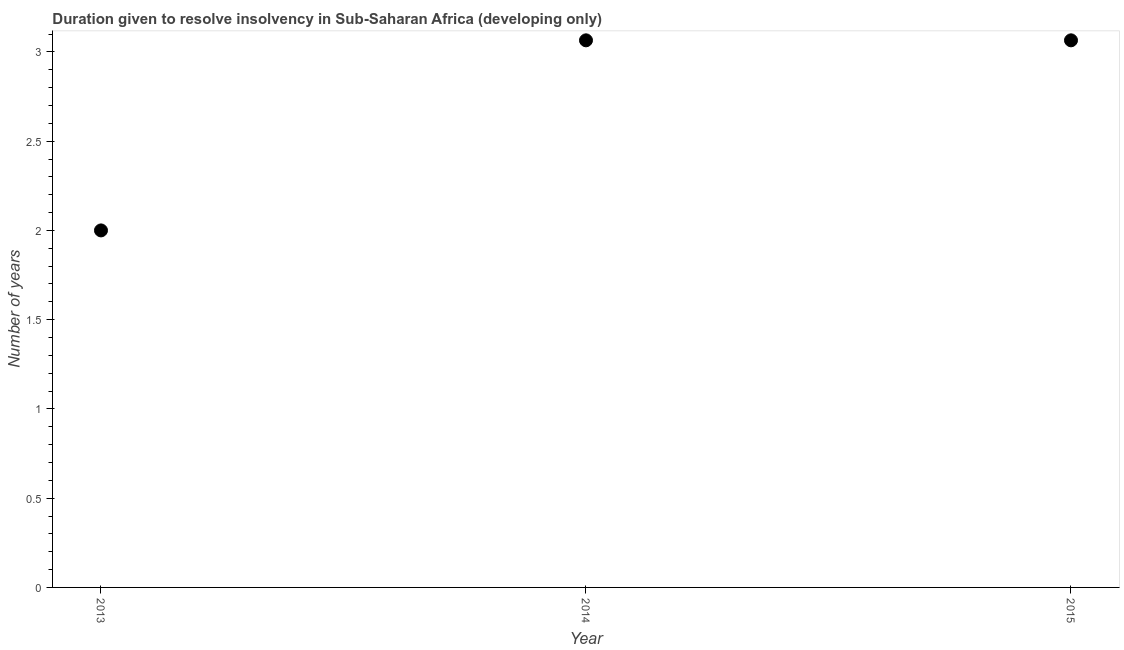
| Year | Resolve insolvency |
 | --- | --- |
 | 2013 | 2 |
 | 2014 | 3.06 |
 | 2015 | 3.06 |